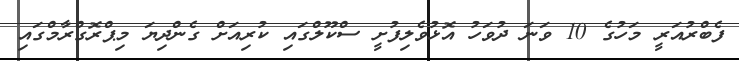
ފެބްރުއަރީ މަހުގެ 10 ވަނަ ދުވަހު އޮޅުވެލިފުށީ ސްކޫލްގައި ކުރިއަށް ގެންދިޔަ މިޕްރޮގްރާމްގައި